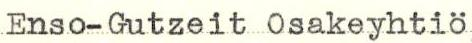
Enso-Gutzeit Osakeyhtiö